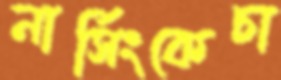
নার্সিংকেচা